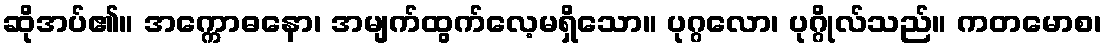
ဆိုအပ်၏။ အက္ကောဓနော၊ အမျက်ထွက်လေ့မရှိသော။ ပုဂ္ဂလော၊ ပုဂ္ဂိုလ်သည်။ ကတမောစ၊